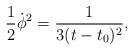
LaTeX: \begin{align*}{\frac{1}{2}\dot{\phi}^2=\frac{1}{3(t-t_0)^2},}\end{align*}